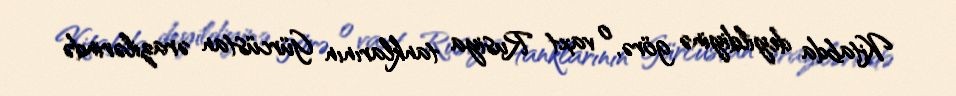
Kitabda deyildiyinə görə, o vaxt Rusiya tanklarının Gürcüstan ərazilərində